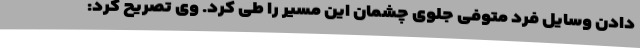
دادن وسایل فرد متوفی جلوی چشمان این مسیر را طی کرد. وی تصریح کرد: